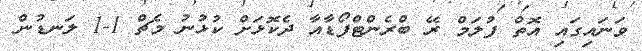
ވަނައިގައި އޮތް ފުލަމް ރޭ ބްރެންޓްފޯޑާއާ ދެކޮޅަށް ކުޅުނު މެޗް 1-1 ލަނޑުން